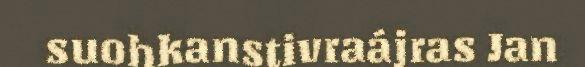
suohkanstivraájras Jan